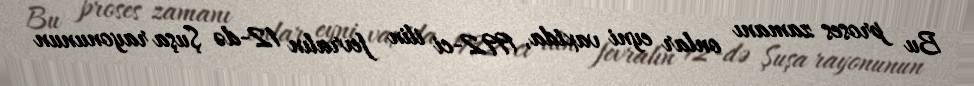
Bu proses zamanı onlar eyni vaxtda, 1992-ci ilin fevralın 12-də Şuşa rayonunun